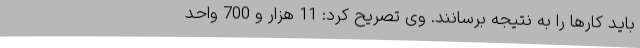
باید کارها را به نتیجه برسانند. وی تصریح کرد: 11 هزار و 700 واحد